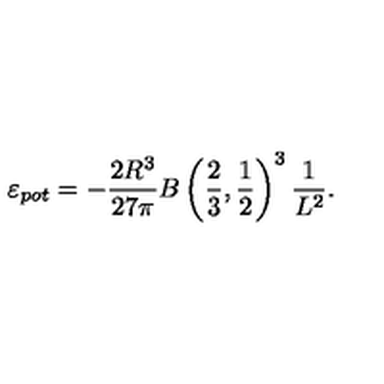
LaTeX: \varepsilon _ { p o t } = - \frac { 2 R ^ { 3 } } { 2 7 \pi } B \left( \frac { 2 } { 3 } , \frac { 1 } { 2 } \right) ^ { 3 } \frac { 1 } { L ^ { 2 } } .